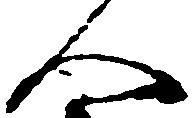
人